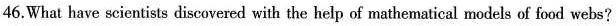
46.What have scientists discovered with the help of mathematical models of food webs?